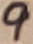
Text: 9